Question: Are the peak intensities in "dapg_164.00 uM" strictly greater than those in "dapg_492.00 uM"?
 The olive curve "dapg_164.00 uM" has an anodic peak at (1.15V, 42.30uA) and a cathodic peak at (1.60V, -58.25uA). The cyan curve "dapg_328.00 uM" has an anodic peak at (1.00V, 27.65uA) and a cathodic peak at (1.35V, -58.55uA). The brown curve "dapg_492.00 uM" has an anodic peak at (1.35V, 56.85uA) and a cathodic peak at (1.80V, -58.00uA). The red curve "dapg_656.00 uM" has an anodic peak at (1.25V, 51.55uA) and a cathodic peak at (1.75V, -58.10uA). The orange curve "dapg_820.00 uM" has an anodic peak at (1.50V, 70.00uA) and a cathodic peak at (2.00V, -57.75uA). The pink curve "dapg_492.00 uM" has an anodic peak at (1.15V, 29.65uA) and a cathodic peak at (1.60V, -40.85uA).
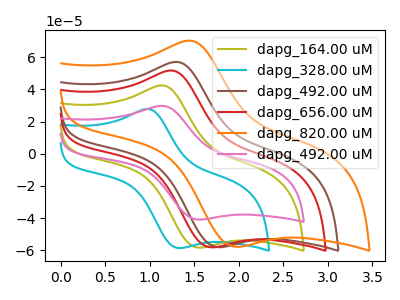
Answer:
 <answer>Every peak in "dapg_164.00 uM" is higher than every peak in "dapg_492.00 uM".</answer>
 <eval>higher</eval>